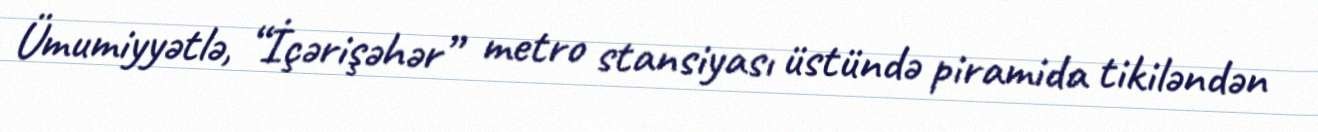
Ümumiyyətlə, “İçərişəhər” metro stansiyası üstündə piramida tikiləndən